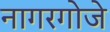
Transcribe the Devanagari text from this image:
नागरगोजे